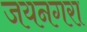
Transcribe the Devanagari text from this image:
जयनगरा